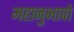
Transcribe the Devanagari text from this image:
महानुभावो